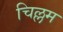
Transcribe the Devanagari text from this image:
चिल्लम